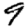
Digit: 9